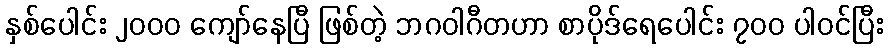
နှစ်ပေါင်း ၂၀၀၀ ကျော်နေပြီ ဖြစ်တဲ့ ဘဂဝါဂီတဟာ စာပိုဒ်ရေပေါင်း ၇၀၀ ပါဝင်ပြီး